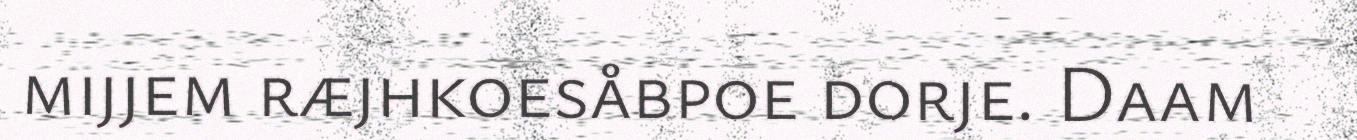
mijjem ræjhkoesåbpoe dorje. Daam